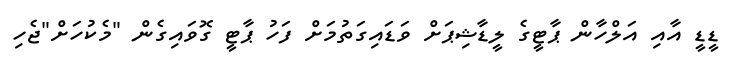
ޑީޑީ އާއި އަލްހާން ޕާޓީގެ ލީޑާޝިޕަށް ވަޑައިގަތުމަށް ފަހު ޕާޓީ ގޮވައިގެން "މެކުހަށް"ޖެހި